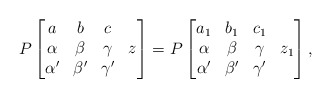
\begin{align*}P\begin{bmatrix} a & b & c &\\ \alpha & \beta & \gamma & z\\ \alpha' & \beta' & \gamma' & \end{bmatrix}=P\begin{bmatrix} a_1 & b_1 & c_1 &\\ \alpha & \beta & \gamma & z_1\\ \alpha' & \beta' & \gamma' & \end{bmatrix},\end{align*}